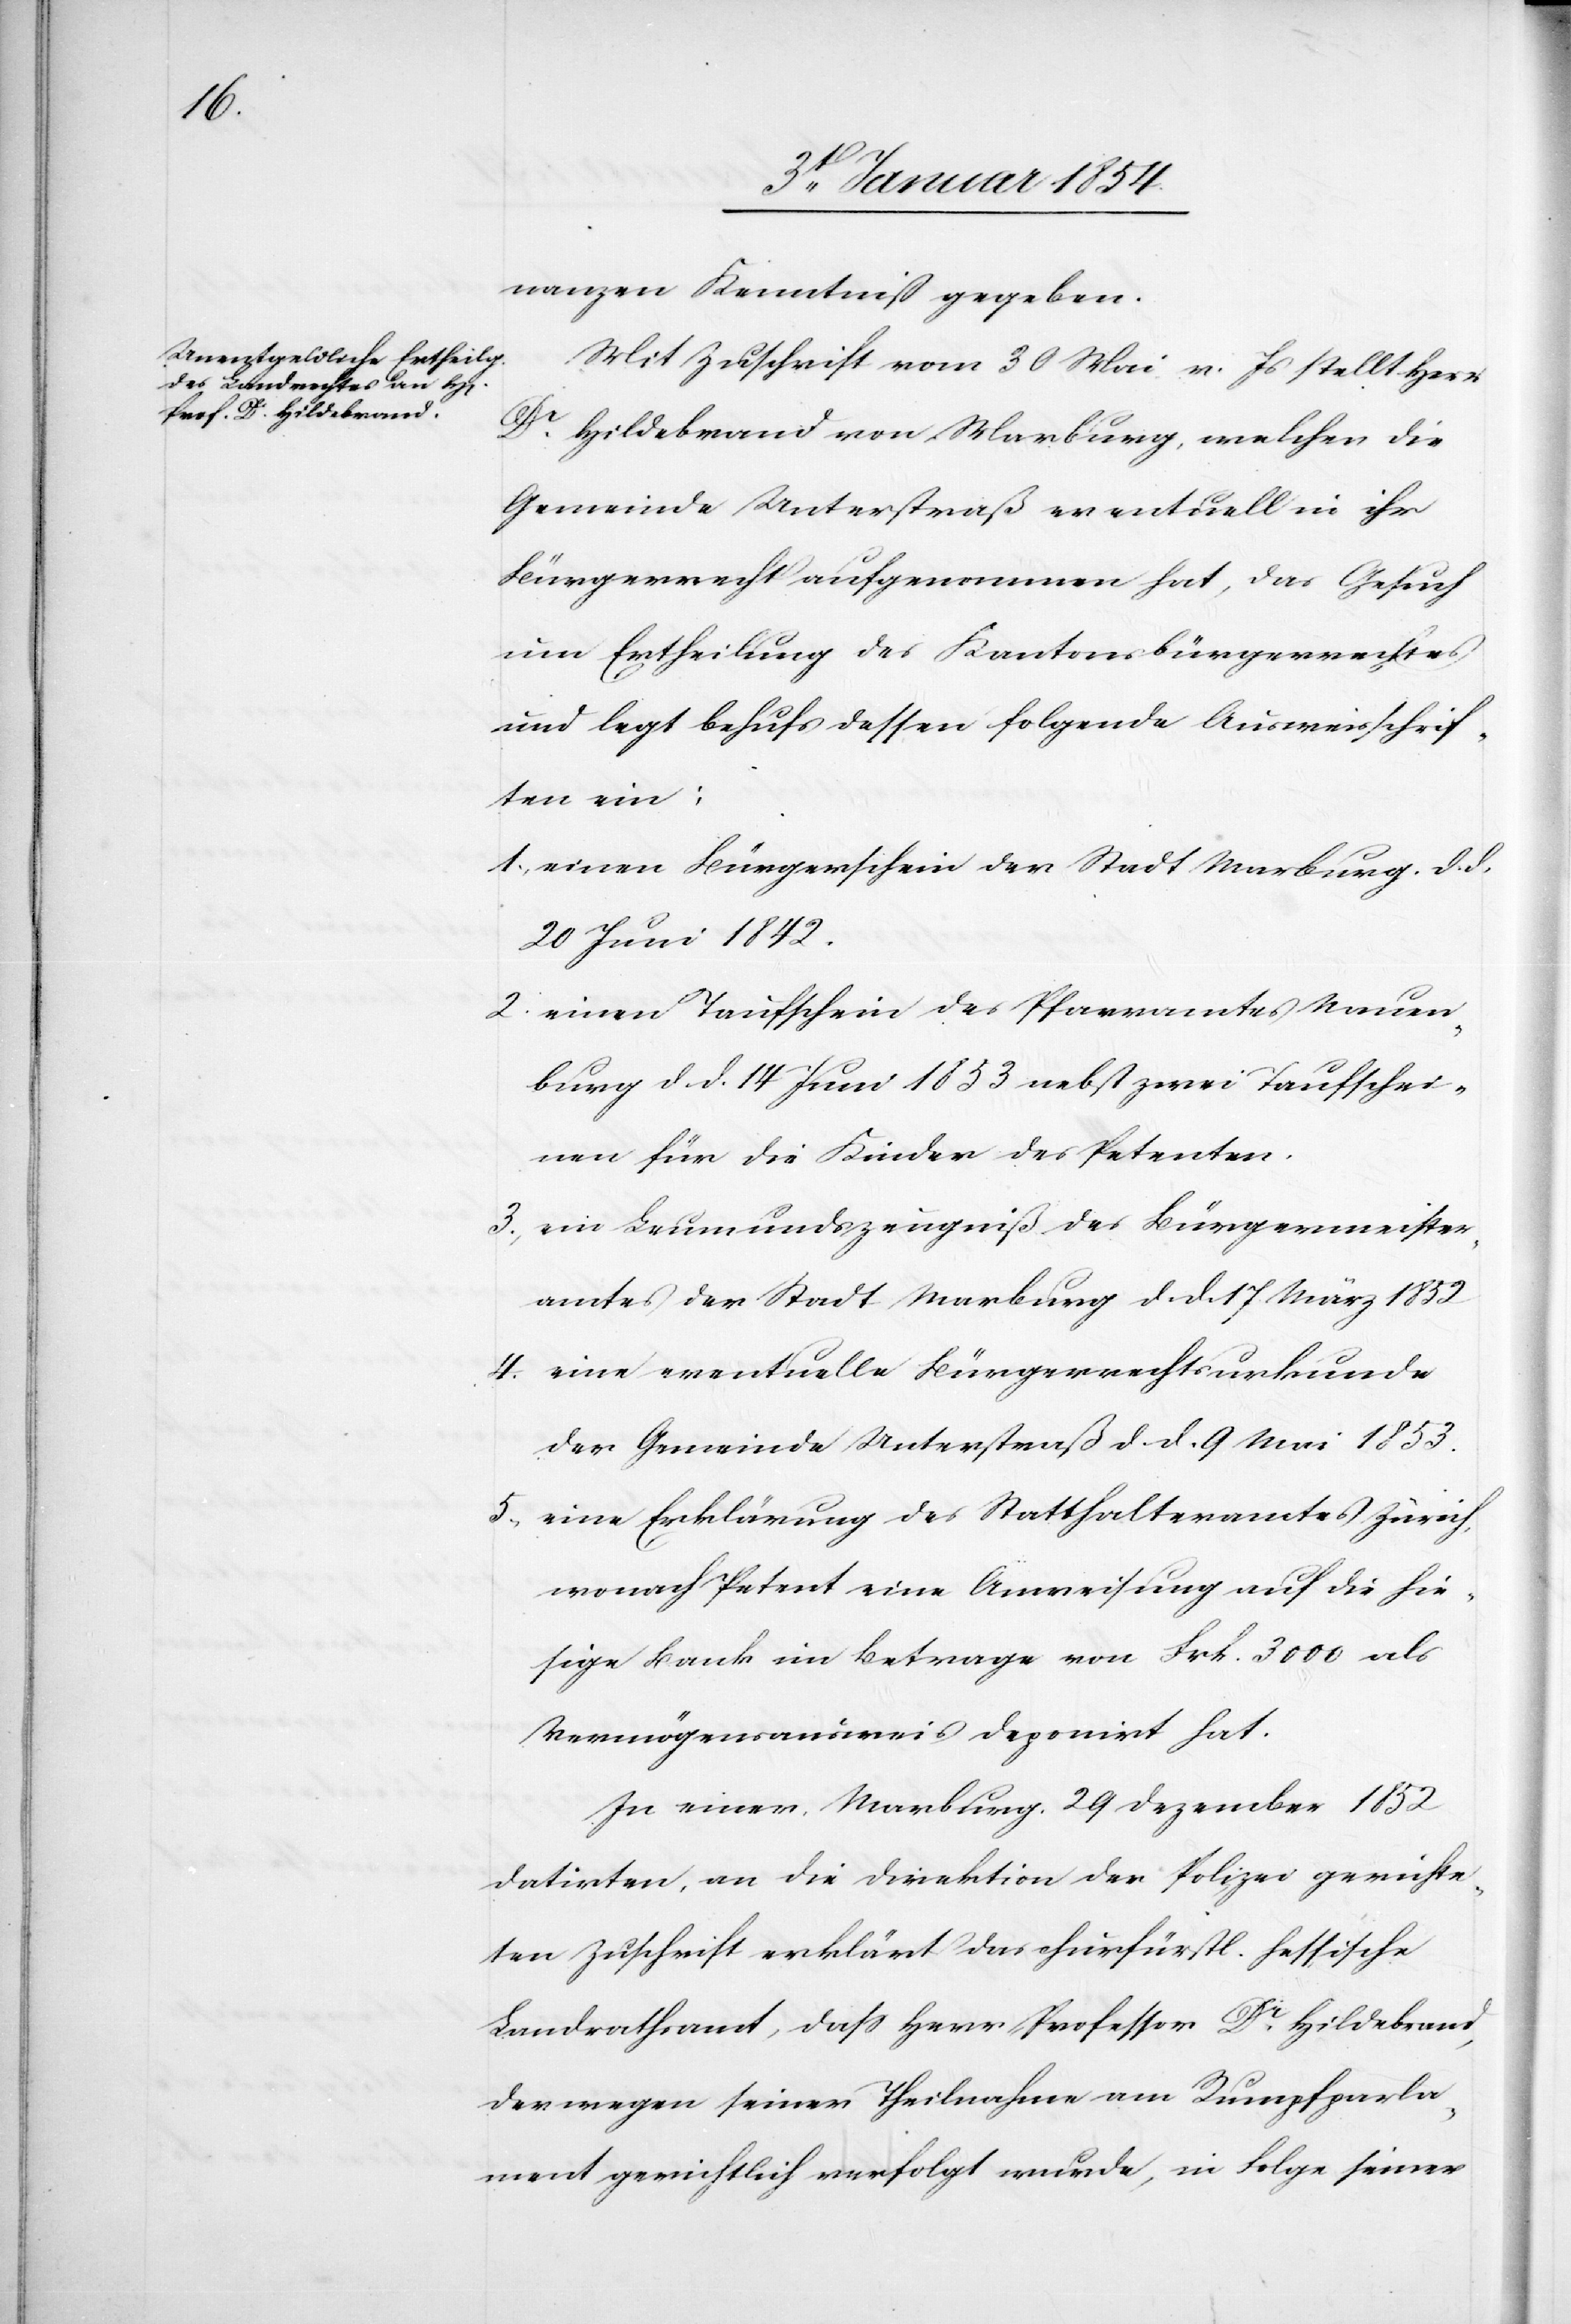
nanzen Kenntniß gegeben.
Mit Zuschrift vom 30 Mai v. Js stellt Herr
Dr. Hildebrand von Marburg, welchen die
Gemeinde Unterstraß eventuell in ihr
Bürgerrecht aufgenommen hat, das Gesuch
um Ertheilung des Kantonsbürgerrechtes
und legt behufs dessen folgende Ausweisschrif¬
ten ein:
1. einen Bürgerschein der Stadt Marburg, d. d.
20 Juni 1842.
2. einen Taufschein des Pfarramtes Nauen¬
burg d. d. 14 Juni 1853 nebst zwei Taufschei¬
nen für die Kinder des Petenten.
3. ein Leumundszeugniß des Bürgermeister¬
amtes der Stadt Marburg d. d. 17. März 1852
4. eine eventuelle Bürgerrechtsurkunde
der Gemeinde Unterstraß d. d. 9 Mai 1853.
5. eine Erklärung des Statthalteramtes Zürich,
wonach Petent eine Anweisung auf die hie¬
sige Bank im Betrage von Frk. 3000 als
Vermögensausweis deponirt hat.
In einer Marburg. 29 Dezember 1852
datirten, an die Direktion der Polizei gerichte¬
ten Zuschrift erklärt das churfürstl. hessische
Landrathsamt, daß Herr Professor Dr. Hildebrand,
der wegen seiner Theilnahme am Rumpfparla¬
ment gerichtlich verfolgt wurde, in Folge seiner